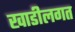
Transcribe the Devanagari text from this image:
खाडीलगत